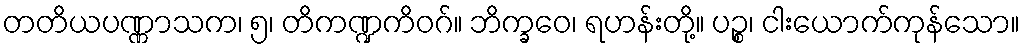
တတိယပဏ္ဏာသက၊ ၅၊ တိကဏ္ဍကိဝဂ်။ ဘိက္ခဝေ၊ ရဟန်းတို့။ ပဉ္စ၊ ငါးယောက်ကုန်သော။